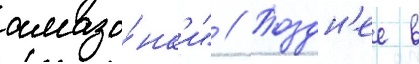
амазо́нк'и" // Поздн'ее в